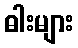
ဓါးများ